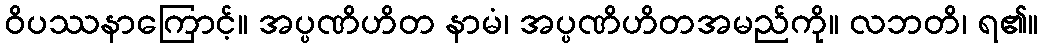
ဝိပဿနာကြောင့်။ အပ္ပဏိဟိတ နာမံ၊ အပ္ပဏိဟိတအမည်ကို။ လဘတိ၊ ရ၏။